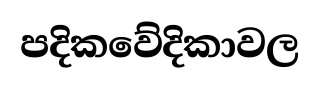
පදිකවේදිකාවල